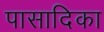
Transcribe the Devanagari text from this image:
पासादिका